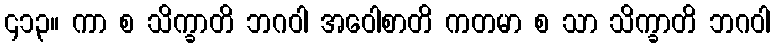
၄၁၃။ ကာ စ သိက္ခာတိ ဘဂဝါ အဝေါစာတိ ကတမာ စ သာ သိက္ခာတိ ဘဂဝါ